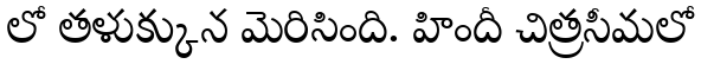
లో తళుక్కున మెరిసింది. హిందీ చిత్రసీమలో